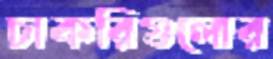
চাকরিগুলোর